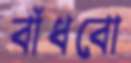
বাঁধবো